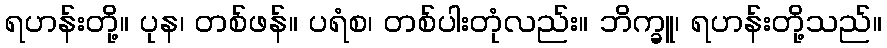
ရဟန်းတို့။ ပုန၊ တစ်ဖန်။ ပရံစ၊ တစ်ပါးတုံလည်း။ ဘိက္ခူ၊ ရဟန်းတို့သည်။